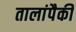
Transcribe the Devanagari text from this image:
तालांपैकी